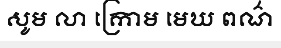
សូម លា ក្រោម មេឃ ពណ៌